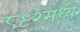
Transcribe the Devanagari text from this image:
८९२मध्ये